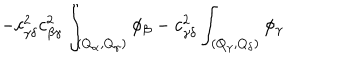
LaTeX: - c _ { \gamma \delta } ^ { 2 } c _ { \beta \gamma } ^ { 2 } \int _ { ( Q _ { \alpha } , Q _ { \gamma } ) } \phi _ { \beta } - c _ { \gamma \delta } ^ { 2 } \int _ { ( Q _ { \gamma } , Q _ { \delta } ) } \phi _ { \gamma }